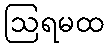
ဩရမထ